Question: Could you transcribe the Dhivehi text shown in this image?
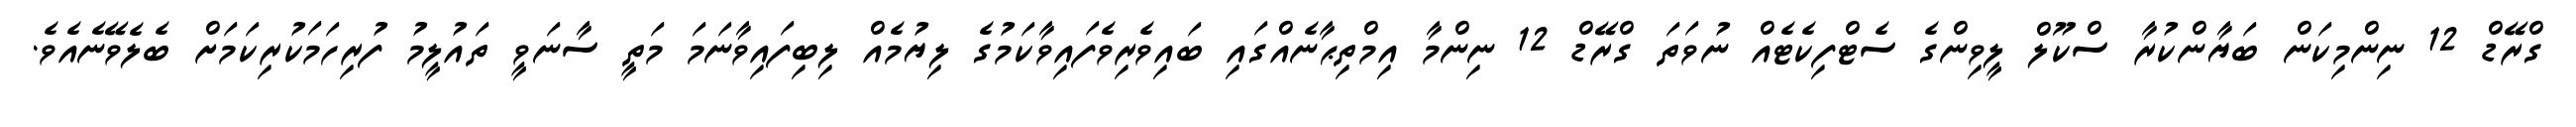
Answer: ގްރޭޑް 12 ނިންމިކަން ބަޔާންކުރާ ސްކޫލް ލީވިންގެ ސެޓްފިކެޓެއް ނުވަތަ ގްރޭޑް 12 ނިންމާ އިމްތިޙާނެއްގައި ބައިވެރިވެފައިވާކަމުގެ ލިޔުމެއް ލިބިފައިވާނަމަ މަތީ ސާނަވީ ތައުލީމު ފުރިހަމަކުރިކަމަށް ބެލެވޭނެއެވެ.